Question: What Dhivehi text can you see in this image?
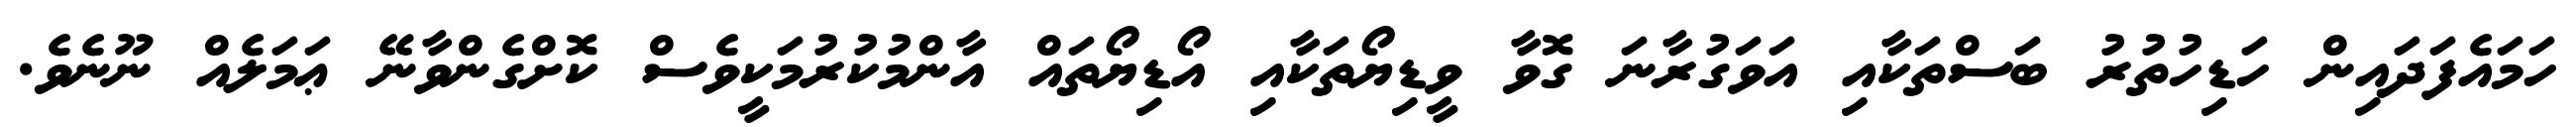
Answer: ހަމައެފަދައިން ހަޑިހުތުރު ބަސްތަކާއި އަވަގުރާނަ ގޮވާ ވީޑިޔޯތަކާއި އޯޑިޔޯތައް އާންމުކުރުމަކީވެސް ކޮށްގެންވާނޭ ޢަމަލެއް ނޫނެވެ.